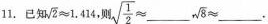
11.已知$$\sqrt{2} \approx 1 . 4 4$$，则$$\sqrt{\frac{1}{2}} ≈ ___ \sqrt{8} ≈ ___$$.